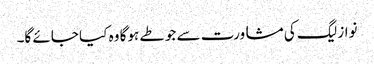
نواز لیگ کی مشاورت سے جو طے ہوگا وہ کیا جائے گا۔